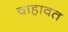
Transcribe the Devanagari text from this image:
वाहावत